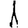
Digit: 1